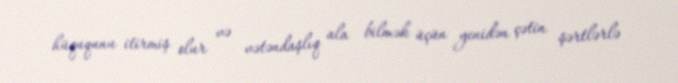
hüququnu itirmiş olur və vətəndaşlıq ala bilmək üçün yenidən çətin şərtlərlə